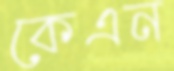
কেএন